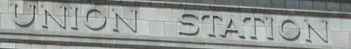
UNION STATION